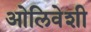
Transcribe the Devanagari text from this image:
ओलिवेशी